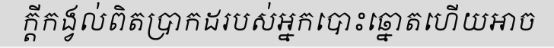
ក្តីកង្វល់ពិតប្រាកដរបស់អ្នកបោះឆ្នោតហើយអាច